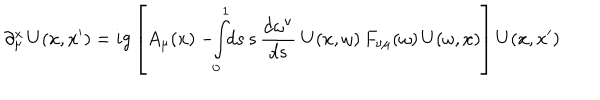
\partial _ { \mu } ^ { x } \, U ( x , x ^ { \prime } ) = i g \left[ A _ { \mu } ( x ) - \! \! \int _ { 0 } ^ { 1 } \! \! d s \, s \, { \frac { d \omega ^ { \nu } } { d s } } \ U ( x , \omega ) \, F _ { \nu \mu } ( \omega ) \, U ( \omega , x ) \right] U ( x , x ^ { \prime } )